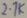
Text: 2.1K